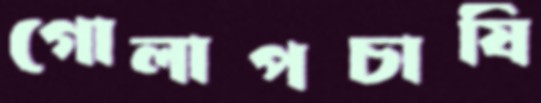
গোলাপচাষি